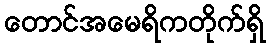
တောင်အမေရိကတိုက်ရှိ